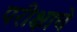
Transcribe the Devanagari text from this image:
परीक्षाचे